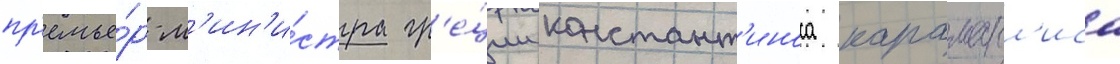
пр'емье́р-м'ин'и́стра гр'е́ции констант'иноса караманл'иса